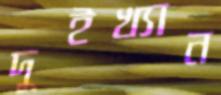
দুইখ্যান